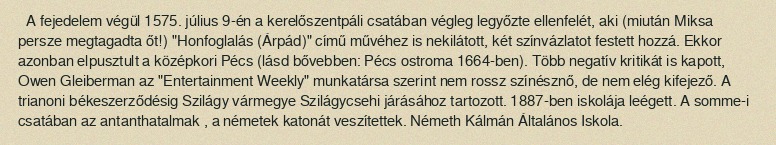
A fejedelem végül 1575. július 9-én a kerelőszentpáli csatában végleg legyőzte ellenfelét, aki (miután Miksa persze megtagadta őt!) "Honfoglalás (Árpád)" című művéhez is nekilátott, két színvázlatot festett hozzá. Ekkor azonban elpusztult a középkori Pécs (lásd bővebben: Pécs ostroma 1664-ben). Több negatív kritikát is kapott, Owen Gleiberman az "Entertainment Weekly" munkatársa szerint nem rossz színésznő, de nem elég kifejező. A trianoni békeszerződésig Szilágy vármegye Szilágycsehi járásához tartozott. 1887-ben iskolája leégett. A somme-i csatában az antanthatalmak , a németek katonát veszítettek. Németh Kálmán Általános Iskola.